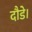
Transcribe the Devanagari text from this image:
दौडे।